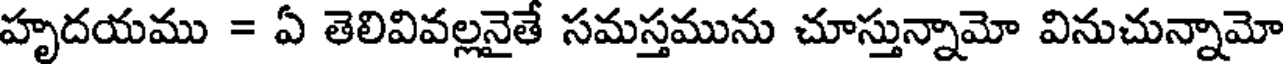
హృదయము = ఏ తెలివివల్లనైతే సమస్తమును చూస్తున్నామో వినుచున్నామో